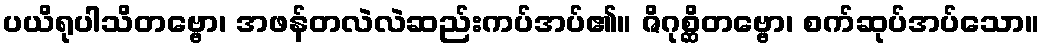
ပယိရုပါသိတဗ္ဗော၊ အဖန်တလဲလဲဆည်းကပ်အပ်၏။ ဇိဂုစ္ဆိတဗ္ဗော၊ စက်ဆုပ်အပ်သော။